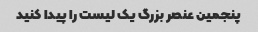
پنجمین عنصر بزرگ یک لیست را پیدا کنید